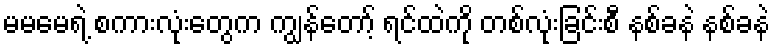
မမမေရဲ့ စကားလုံးတွေက ကျွန်တော့် ရင်ထဲကို တစ်လုံးခြင်းစီ နစ်ခနဲ နစ်ခနဲ